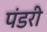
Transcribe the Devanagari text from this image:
पंडरी